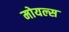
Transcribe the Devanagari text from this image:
मोयल्स